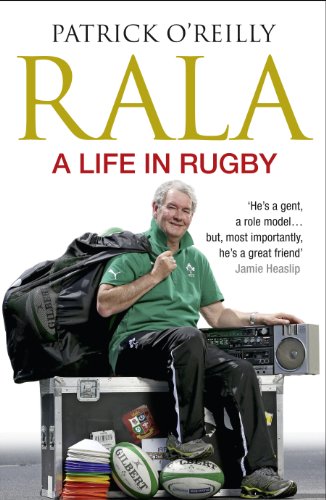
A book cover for Rala: A Life in Rugby; Patrick O'Reilly; Sports & Outdoors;